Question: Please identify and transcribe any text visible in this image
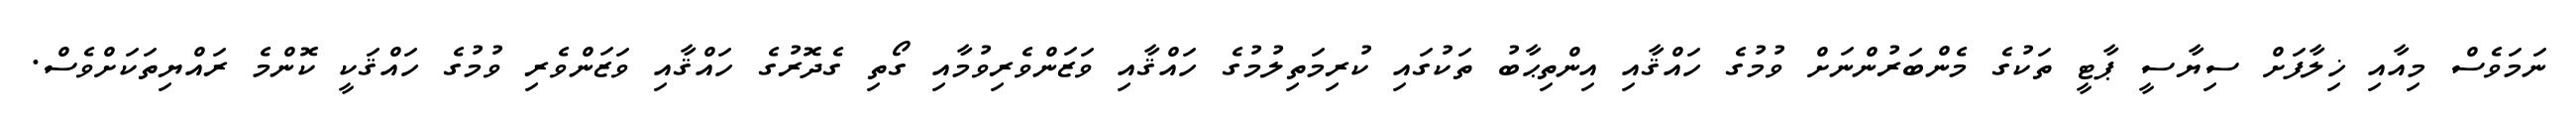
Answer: ނަމަވެސް މިއާއި ޚިލާފަށް ސިޔާސީ ޕާޓީ ތަކުގެ މެންބަރުންނަށް ވުމުގެ ހައްޤާއި އިންތިޙާބު ތަކުގައި ކުރިމަތިލުމުގެ ހައްޤާއި ވަޒަންވެރިވުމާއި ގޯތި ގެދޮރުގެ ހައްޤާއި ވަޒަންވެރި ވުމުގެ ހައްޤަކީ ކޮންމެ ރައްޔިތަކަށްވެސް.